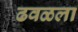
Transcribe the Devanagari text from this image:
ढवळला